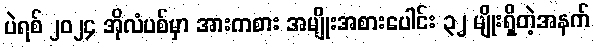
ပဲရစ် ၂၀၂၄ အိုလံပစ်မှာ အားကစား အမျိုးအစားပေါင်း ၃၂ မျိုးရှိတဲ့အနက်